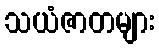
သယံဇာတများ